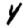
Digit: 4